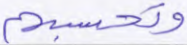
وتحسبهم